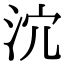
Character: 𣲽